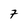
Character: 7